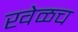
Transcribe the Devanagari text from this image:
खेळच